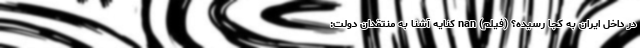
در داخل ایران به کجا رسیده؟ (فیلم) nan کنایه آشنا به منتقدان دولت: